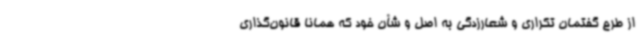
از طرح گفتمان تکراری و شعارزدگی به اصل و شأن خود که همانا قانون‌گذاری